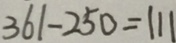
3 6 1 - 2 5 0 = 1 1 1